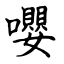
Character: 嚶